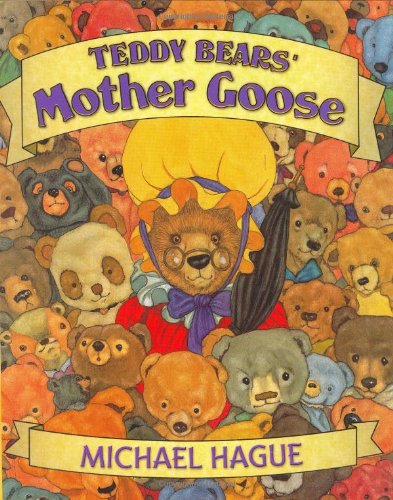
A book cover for Teddy Bears' Mother Goose; Michael Hague; Children's Books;